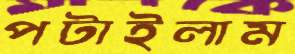
পটাইলাম